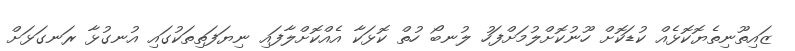
ޒައިތޫނިތެޔޮކޮޅެއް ކުޑަކޮށް ހޫނުކޮށްލުމަށްފަހު ލުނބޯ ހުތް ކޮޅަކާ އެއްކޮށްލާފައި ނިޔަފަތިތަކުގައި އުނގުޅާ ރަނގަޅަށް